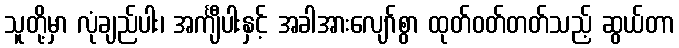
သူတို့မှာ လုံချည်ပါး၊ အင်္ကျီပါးနှင့် အခါအားလျော်စွာ ထုတ်ဝတ်တတ်သည့် ဆွယ်တာ